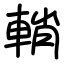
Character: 輎